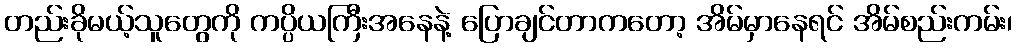
တည်းခိုမယ့်သူတွေကို ကပ္ပိယကြီးအနေနဲ့ ပြောချင်တာကတော့ အိမ်မှာနေရင် အိမ်စည်းကမ်း၊